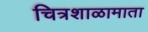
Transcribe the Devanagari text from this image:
चित्रशाळामाता